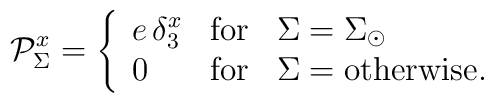
\mathcal{P}^x_{\Sigma}=  \left \{\begin{array}{lcl}   e\,\delta^x_{3} & \mbox{for} & \Sigma= \Sigma_\odot \\   0 & \mbox{for} &  \Sigma= \mbox{otherwise.} \ \end{array} \right.